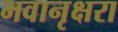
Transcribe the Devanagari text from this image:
भवानृक्षरा